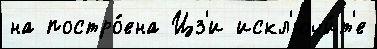
на постро́ена Цз'и искл'ючи́т'е